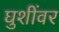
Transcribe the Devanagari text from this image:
घुशींवर